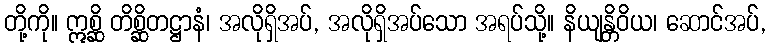
တို့ကို။ ဣစ္ဆိ တိစ္ဆိတဋ္ဌာနံ၊ အလိုရှိအပ်, အလိုရှိအပ်သော အရပ်သို့။ နိယျန္တိဝိယ၊ ဆောင်အပ်,